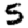
Digit: 5